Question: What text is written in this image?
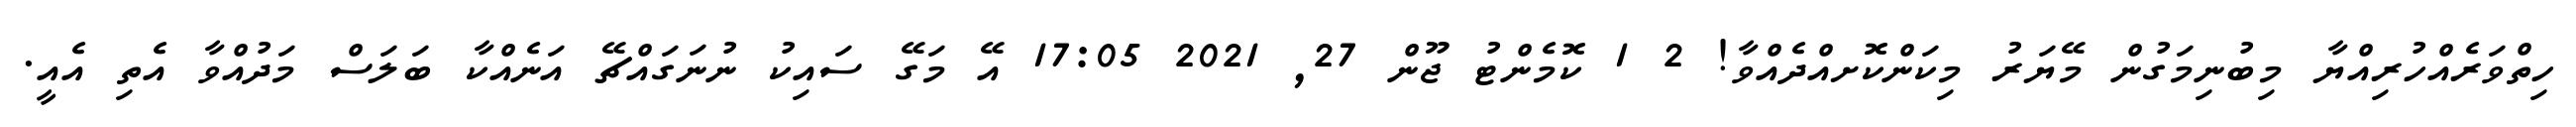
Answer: ހިތްވަރެއްހުރިއްޔާ މިބުނިމަގުން މޭޔަރު މިކަންކޮށއްދެއްވާ! 2 1 ކޮމެންޓު ޖޫން 27, 2021 17:05 އޭ މަގޭ ސައިކު ނުނަގައްޗޭ އަނެއްކާ ބަލަސް މަދުއްވާ އެތި އެއީ.